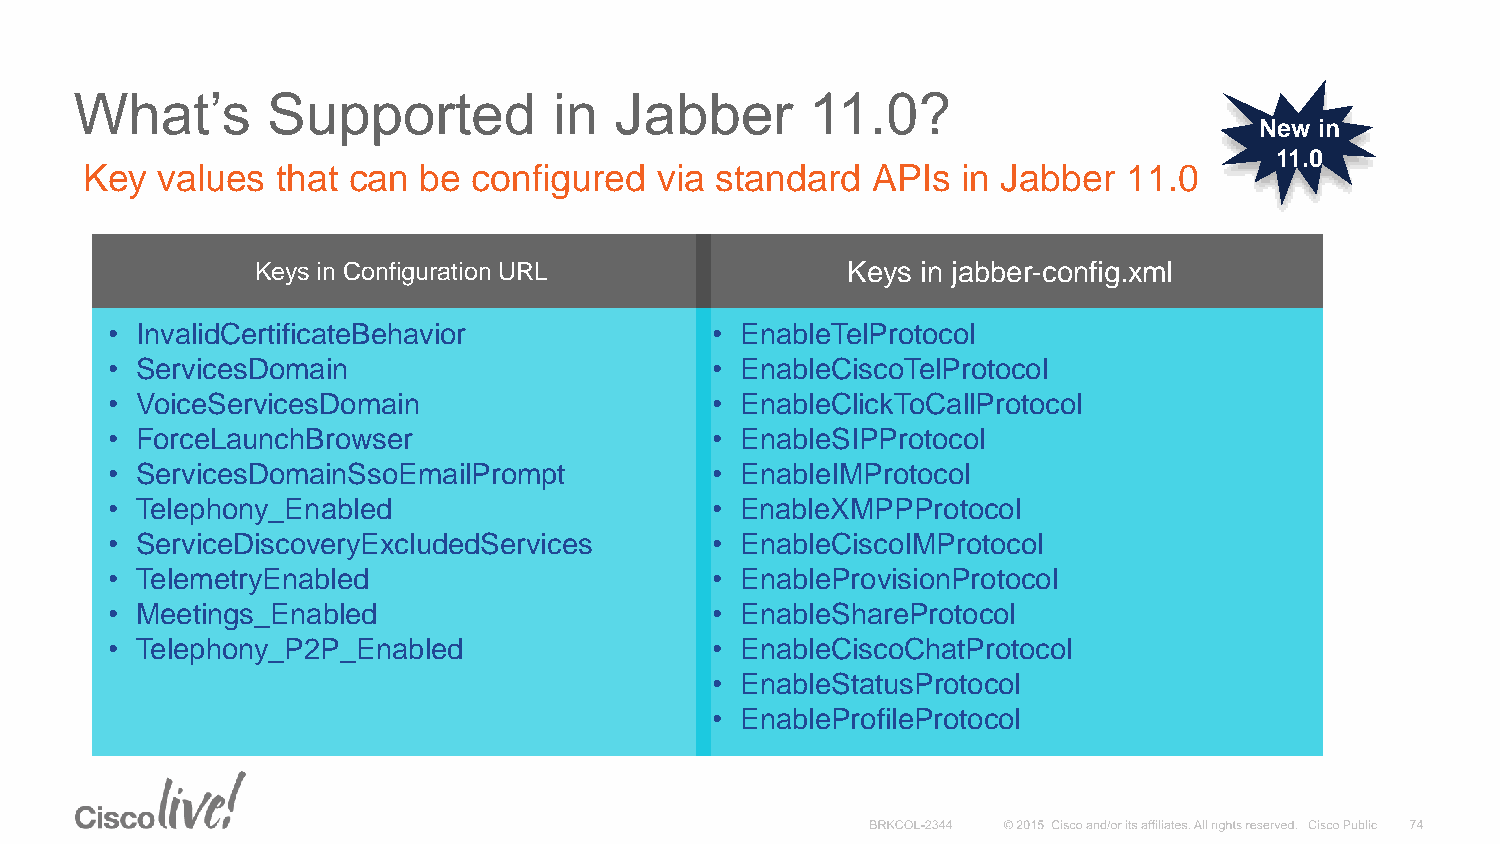
What’s       Supported          in  Jabber       11.0?
 New in
 11.0
 Key  values  that can  be configured   via standard  APIs  in Jabber  11.0
 Keys in Configuration URL              Keys in jabber-config.xml
 • InvalidCertificateBehavior            • EnableTelProtocol
 • ServicesDomain                        • EnableCiscoTelProtocol
 • VoiceServicesDomain                   • EnableClickToCallProtocol
 • ForceLaunchBrowser                    • EnableSIPProtocol
 • ServicesDomainSsoEmailPrompt          • EnableIMProtocol
 • Telephony_Enabled                     • EnableXMPPProtocol
 • ServiceDiscoveryExcludedServices      • EnableCiscoIMProtocol
 • TelemetryEnabled                      • EnableProvisionProtocol
 • Meetings_Enabled                      • EnableShareProtocol
 • Telephony_P2P_Enabled                 • EnableCiscoChatProtocol
 • EnableStatusProtocol
 • EnableProfileProtocol